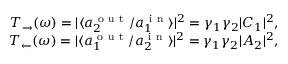
\begin{array} { r } { T _ { \rightarrow } ( \omega ) = | \langle a _ { 2 } ^ { \mathrm { ~ o ~ u ~ t ~ } } / a _ { 1 } ^ { \mathrm { ~ i ~ n ~ } } \rangle | ^ { 2 } = \gamma _ { 1 } \gamma _ { 2 } | C _ { 1 } | ^ { 2 } , } \\ { T _ { \leftarrow } ( \omega ) = | \langle a _ { 1 } ^ { \mathrm { ~ o ~ u ~ t ~ } } / a _ { 2 } ^ { \mathrm { ~ i ~ n ~ } } \rangle | ^ { 2 } = \gamma _ { 1 } \gamma _ { 2 } | A _ { 2 } | ^ { 2 } , } \end{array}